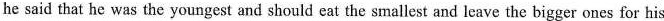
he said that he was the youngest and should eat the smallest and leave the bigger ones for his